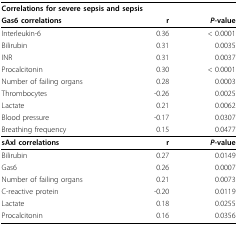
<table><thead><tr><td colspan="3"><b>Correlations for severe sepsis and sepsis</b></td></tr><tr><td><b>Gas6 correlations</b></td><td><b>r</b></td><td><b><i>P</i>-value</b></td></tr></thead><tbody><tr><td>Interleukin-6</td><td>0.36</td><td>&lt; 0.0001</td></tr><tr><td>Bilirubin</td><td>0.31</td><td>0.0035</td></tr><tr><td>INR</td><td>0.31</td><td>0.0037</td></tr><tr><td>Procalcitonin</td><td>0.30</td><td>&lt; 0.0001</td></tr><tr><td>Number of failing organs</td><td>0.28</td><td>0.0003</td></tr><tr><td>Thrombocytes</td><td>-0.26</td><td>0.0025</td></tr><tr><td>Lactate</td><td>0.21</td><td>0.0062</td></tr><tr><td>Blood pressure</td><td>-0.17</td><td>0.0307</td></tr><tr><td>Breathing frequency</td><td>0.15</td><td>0.0477</td></tr><tr><td><b>sAxl correlations</b></td><td><b>r</b></td><td><b><i>P</i>-value</b></td></tr><tr><td>Bilirubin</td><td>0.27</td><td>0.0149</td></tr><tr><td>Gas6</td><td>0.26</td><td>0.0007</td></tr><tr><td>Number of failing organs</td><td>0.21</td><td>0.0073</td></tr><tr><td>C-reactive protein</td><td>-0.20</td><td>0.0119</td></tr><tr><td>Lactate</td><td>0.18</td><td>0.0255</td></tr><tr><td>Procalcitonin</td><td>0.16</td><td>0.0356</td></tr></tbody></table>